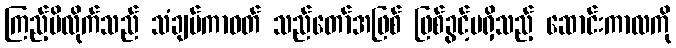
ကြည့်မိလိုက်သည် သံချပ်ကာဝတ် သည်တော်အဖြစ် ဖြစ်ခွင့်မရှိသည့် ဆောင်းကာလကို